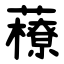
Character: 䕩